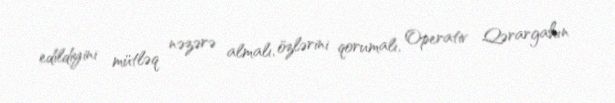
edildiyini mütləq nəzərə almalı, özlərini qorumalı, Operativ Qərargahın